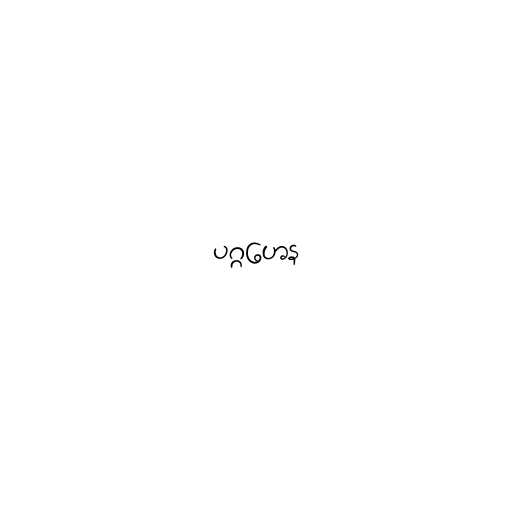
ပဂ္ဂဟေန